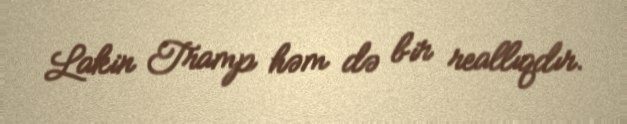
Lakin Tramp həm də bir reallıqdır.